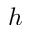
h